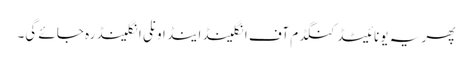
پھر یہ یونائیٹڈ کنگڈم آف انگلینڈ اینڈ اونلی انگلینڈ رہ جائے گی۔